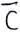
Text: C